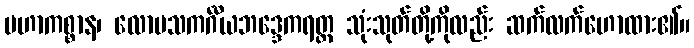
မဟာကစ္စာန၊ လောမသကင်္ဂီယဘဒ္ဒေကရတ္တ သုံးသုတ်တို့ကိုလည်း ဆက်လက်ဟောထား၏။